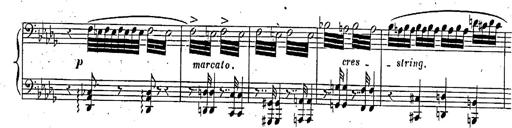
Title: Marche et Cavatine de Lucie de Lammermoor, S.398
Composer: Franz Liszt